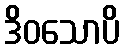
ဒိဝသောပိ